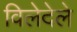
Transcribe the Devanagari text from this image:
विलेदेले